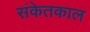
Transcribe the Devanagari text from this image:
संकेतकाल